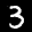
Label: 3